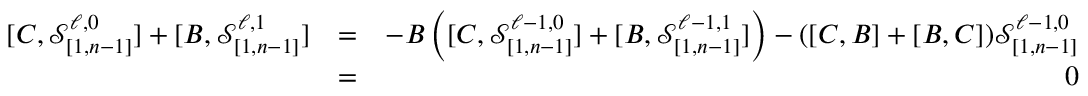
\begin{array} { r l r } { [ C , \mathcal { S } _ { [ 1 , n - 1 ] } ^ { \ell , 0 } ] + [ B , \mathcal { S } _ { [ 1 , n - 1 ] } ^ { \ell , 1 } ] } & { = } & { - B \left( [ C , \mathcal { S } _ { [ 1 , n - 1 ] } ^ { \ell - 1 , 0 } ] + [ B , \mathcal { S } _ { [ 1 , n - 1 ] } ^ { \ell - 1 , 1 } ] \right) - ( [ C , B ] + [ B , C ] ) \mathcal { S } _ { [ 1 , n - 1 ] } ^ { \ell - 1 , 0 } } \\ & { = } & { 0 } \end{array}